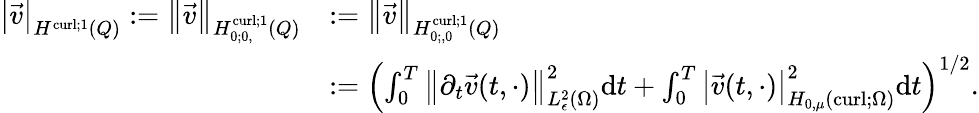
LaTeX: \begin{array}{rl}{\left\lvert{\vec{v}}\right\rvert_{H^{\operatorname{curl};1}(Q)}:={\left\lVert{\vec{v}}\right\rVert}_{H_{0;0,}^{\operatorname{curl};1}(Q)}}&{:={\left\lVert{\vec{v}}\right\rVert}_{H_{0;,0}^{\operatorname{curl};1}(Q)}}\\ &{:=\left(\int_{0}^{T}{\left\lVert{\partial_{t}\vec{v}(t,\cdot)}\right\rVert}_{{L_{\epsilon}^{2}(\Omega)}}^{2}\mathrm dt+\int_{0}^{T}\left\lvert{\vec{v}(t,\cdot)}\right\rvert_{H_{0,\mu}(\operatorname{curl};\Omega)}^{2}\mathrm dt\right)^{1/2}.}\end{array}